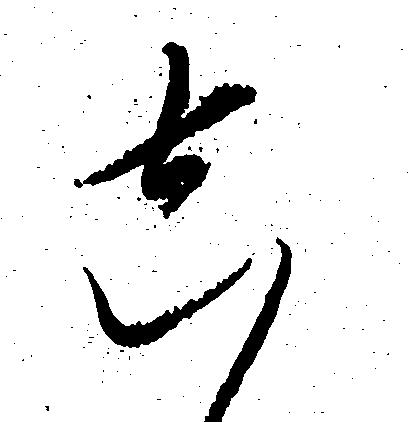
し